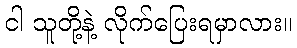
ငါ သူတို့နဲ့ လိုက်ပြေးရမှာလား။